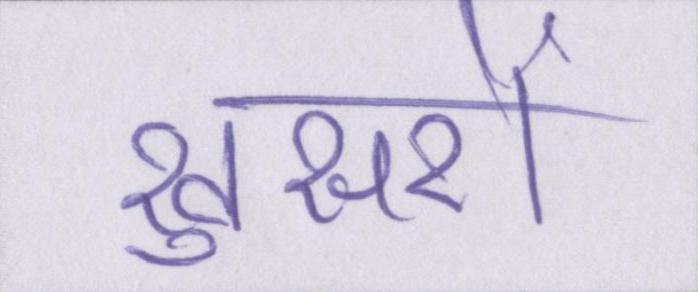
खुसरों